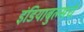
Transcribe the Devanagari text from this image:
इंडियाबुल्सचे